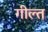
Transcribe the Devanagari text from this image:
गील्त